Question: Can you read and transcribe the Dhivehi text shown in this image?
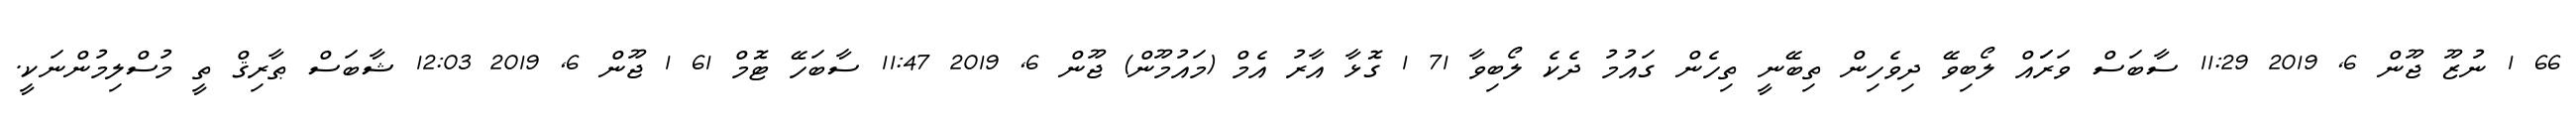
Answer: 66 1 ނުޒޫ ޖޫން 6, 2019 11:29 ސާބަސް ވަރަައް ލޯބިވޭ ދިވެހިން ތިބޭނީ ތިހެން ގައުމު ދެކެ ލޯބިވާ 71 1 ގޮޅާ އާރު އެމް (މައުމޫން) ޖޫން 6, 2019 11:47 ސާބަހޭ ޓޮމް 61 1 ޖޫން 6, 2019 12:03 ޝާބަސް ޠާރިޤް ތީ މުސްލިމުންނަކީ.